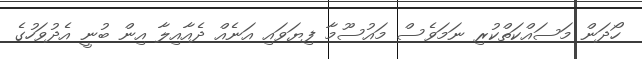
ހޯދަން މަސައްކަތްކުރި ނަމަވެސް މައުސޫމާ ފިޔަވައި އަނެއް ދެއާއިލާ އިން ބުނީ އެދުވަހުގެ